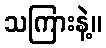
သကြားနဲ့။